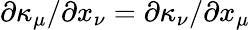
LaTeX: \partial\kappa_{\mu}/\partial x_{\nu}=\partial\kappa_{\nu}/\partial x_{\mu}